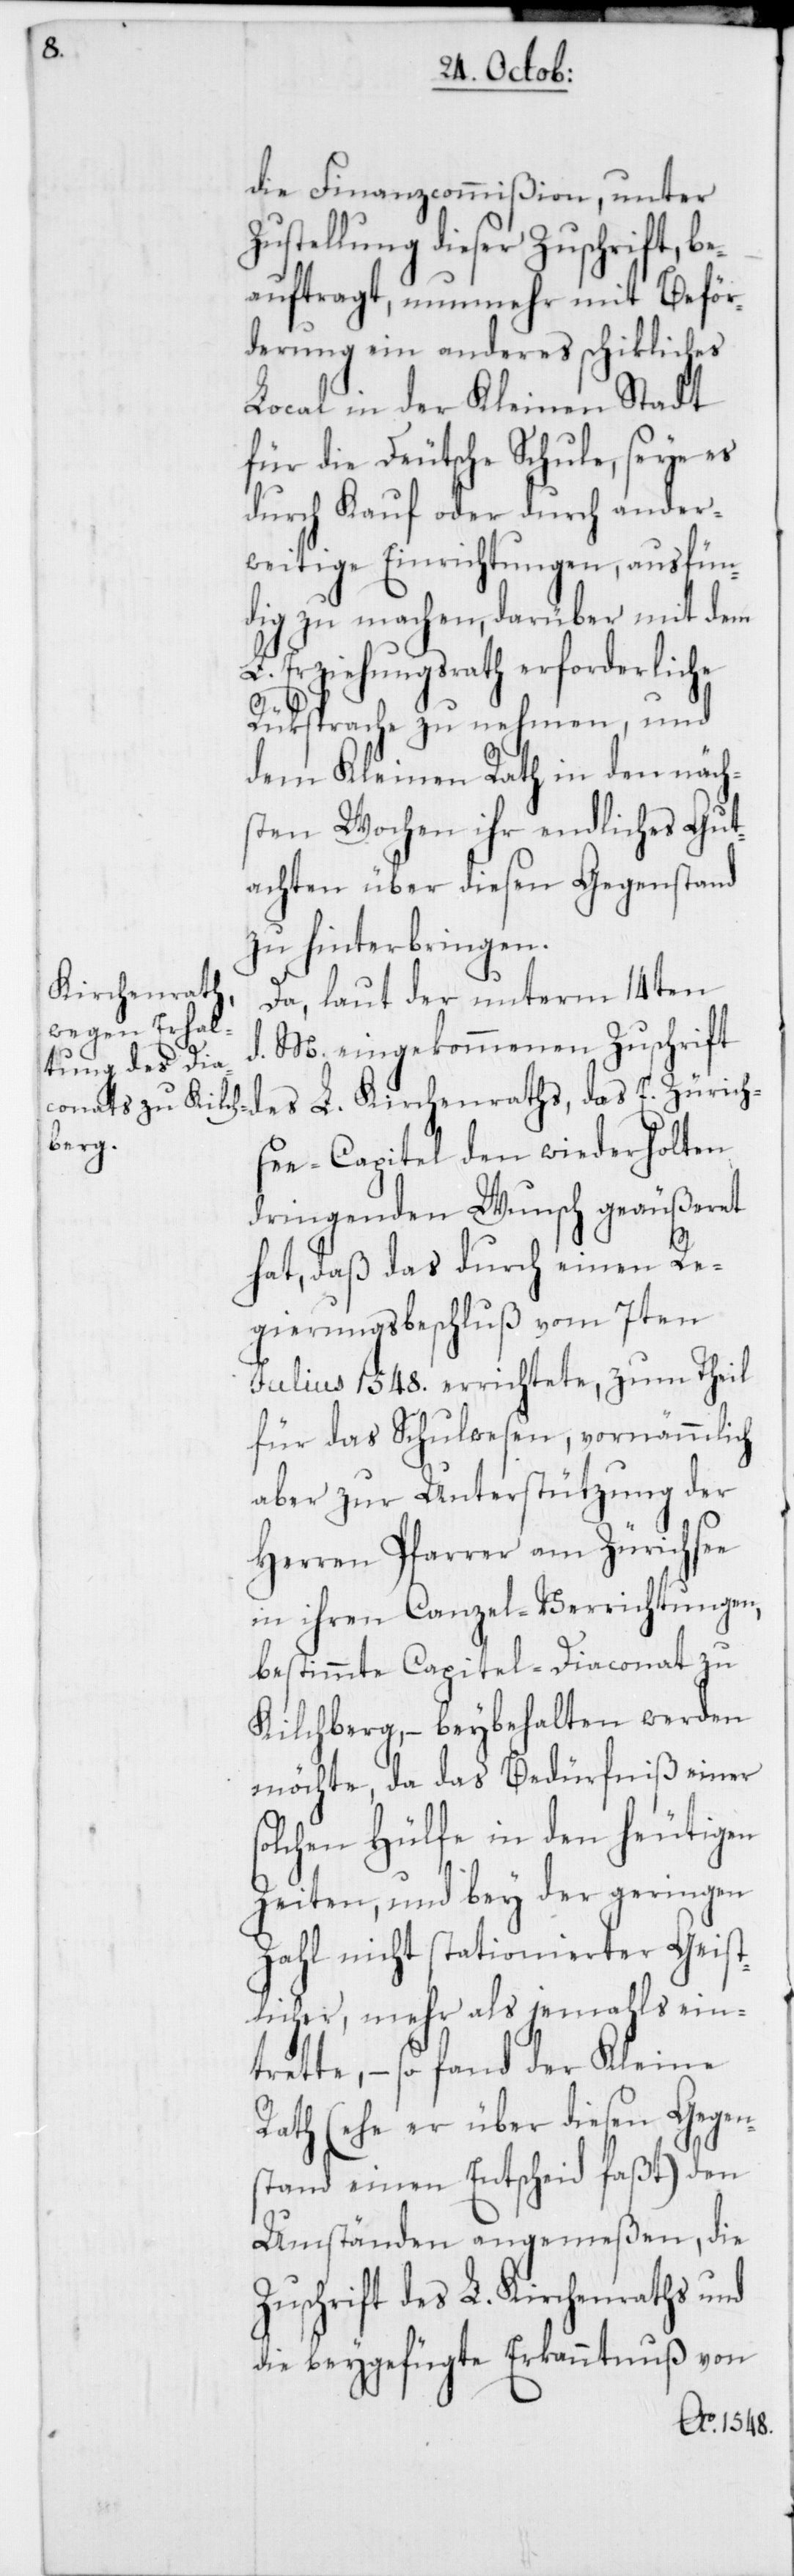
die Finanzcommißion, unter
Zustellung dieser Zuschrift be¬
auftragt, nunmehr mit Beför¬
derung ein anderes schikliches
Local in der Kleinen Stadt
für die Deutsche Schule, seye es
durch Kauf oder durch ander¬
weitige Einrichtungen, ausfün¬
dig zu machen, darüber mit dem
L. Erziehungsrath erforderliche
Rüksprache zu nehmen, und
dem Kleinen Rath in den näch¬
sten Wochen ihr endliches Gut¬
achten über diesen Gegenstand
zu hinterbringen.
Da, laut der unterm 14ten
d. M. eingekommenen Zuschrift
des L. Kirchenraths, das E. Zürich¬
see-Capitel den wiederholten
dringenden Wunsch geäußeret
hat, daß das durch einen Re¬
gierungsbeschluß vom 7ten
Julius 1548. errichtete, zum Theil
für das Schulwesen, vornämmlich
aber zur Unterstützung der
Herren Pfarrer am Zürichsee
in ihren Canzel-Verrichtungen,
bestimmte Capitel-Diaconat zu
Kilchberg, – beybehalten werden
möchte, da das Bedürfniß einer
solchen Hülfe in den heutigen
Zeiten, und bey der geringen
Zahl nicht stationierter Geist¬
licher, mehr als jemahls ein¬
trette, – so fand der Kleine
Rath (ehe er über diesen Gegen¬
stand einen Entscheid faßt) den
Umständen angemeßen, die
Zuschrift des L. Kirchenraths und
die beygefügte Erkanntnuß von